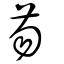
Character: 芴